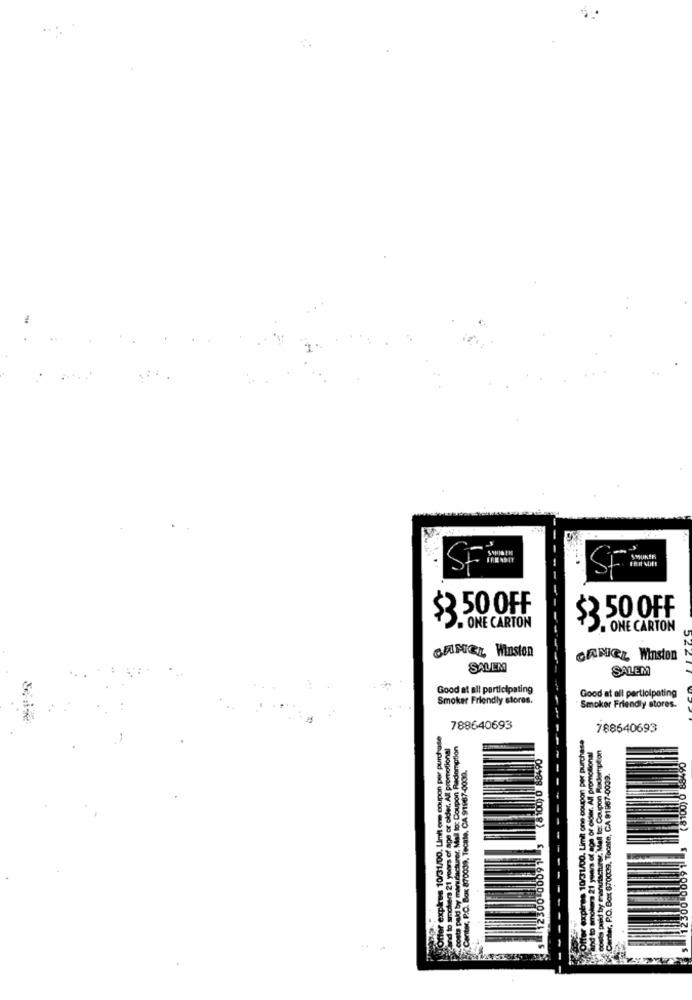
SMUKIR
SF
$ 50 OFF
$ 50 OFF
. ONE CARTON
. ONE CARTON
GANGL Winston
GAMEL Winston
SALEM
SALEM
Good at all participating
Good at all participating
Smoker Friendly stores.
Smoker Friendly stores.
Otter expires 10/31/00. Limit one coupon per purchase
788640693
788640693
gand to smokers 21 years of age or older. All promotional
urer, Mail to: Coupon Redemption
expires 10/31/00, Limit one coupon per purchase
21 years of con or cigar. All promotional
Mall to: Coupon Redemption
Center, P.O. Box 870039, Tecate, CA 91967-0008.
(8100) 0 88490
Box 870039, Tocate, CA 91967-0039.
06188 0 (0018)